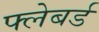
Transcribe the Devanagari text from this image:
फ्लेबर्ड